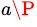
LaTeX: ^{a\P}